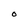
Character: O